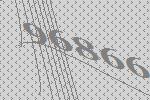
96866